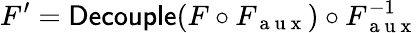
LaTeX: F^{\prime}=\textsf{Decouple}(F\circ F_{\mathrm{~a~u~x~}})\circ F_{\mathrm{~a~u~x~}}^{-1}